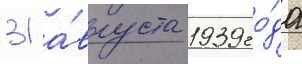
31 а́вгуста 1939 го́да